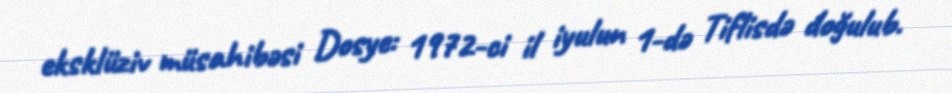
eksklüziv müsahibəsi Dosye: 1972-ci il iyulun 1-də Tiflisdə doğulub.